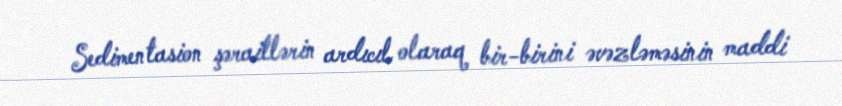
Sedimentasion şəraitlərin ardıcıl olaraq bir-birini əvəzləməsinin maddi